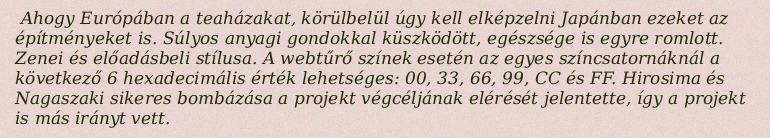
Ahogy Európában a teaházakat, körülbelül úgy kell elképzelni Japánban ezeket az építményeket is. Súlyos anyagi gondokkal küszködött, egészsége is egyre romlott. Zenei és előadásbeli stílusa. A webtűrő színek esetén az egyes színcsatornáknál a következő 6 hexadecimális érték lehetséges: 00, 33, 66, 99, CC és FF. Hirosima és Nagaszaki sikeres bombázása a projekt végcéljának elérését jelentette, így a projekt is más irányt vett.